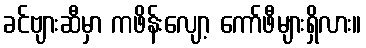
ခင်ဗျားဆီမှာ ကဖိန်းလျော့ ကော်ဖီများရှိလား။